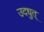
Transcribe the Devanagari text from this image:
उदधुत्